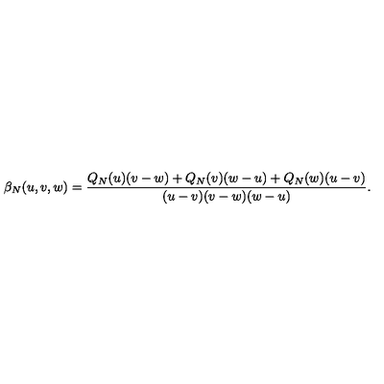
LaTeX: \beta _ { N } ( u , v , w ) = { \frac { Q _ { N } ( u ) ( v - w ) + Q _ { N } ( v ) ( w - u ) + Q _ { N } ( w ) ( u - v ) } { ( u - v ) ( v - w ) ( w - u ) } } .